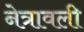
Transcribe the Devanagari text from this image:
नेत्रावली